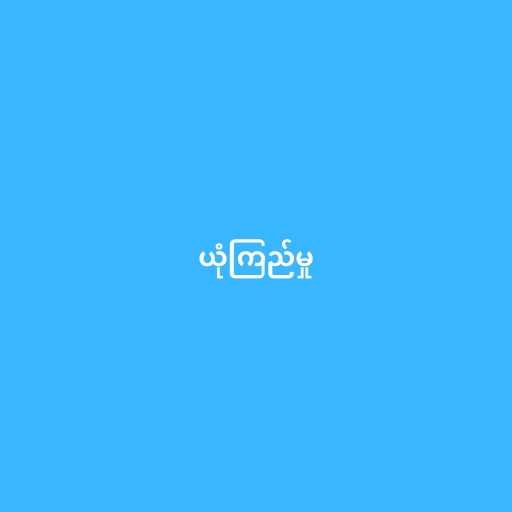
ယုံကြည်မှု